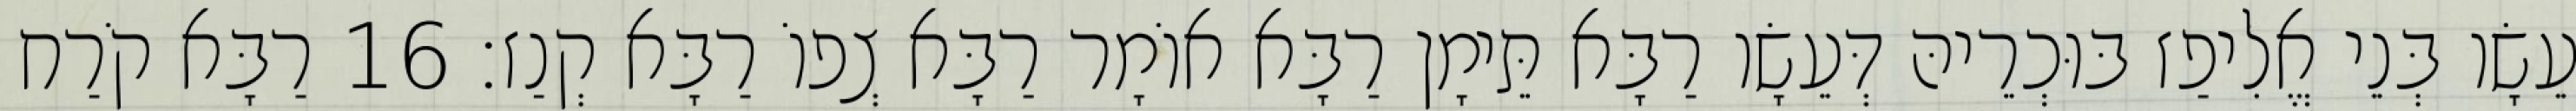
עֵשָׂו בְּנֵי אֱלִיפַז בּוּכְרֵיהּ דְּעֵשָׂו רַבָּא תֵּימָן רַבָּא אוֹמָר רַבָּא צְפוֹ רַבָּא קְנַז׃ 16 רַבָּא קֹרַח